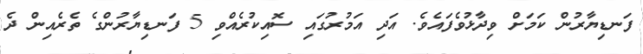
ފަނޑިޔާރުން ކަމަށް ވިދާޅުވެފައެވެ. އަދި އަމުރުގައި ސޮއިކުރެއްވި 5 ފަނޑިޔާރުންގެ ތެރެއިން ދެ